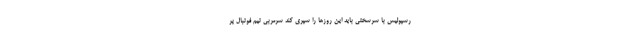
رسپولیس با سرسختی باید این روزها را سپری کند سرمربی تیم فوتبال پر